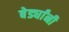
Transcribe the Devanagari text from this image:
बेर्ड्यांनी